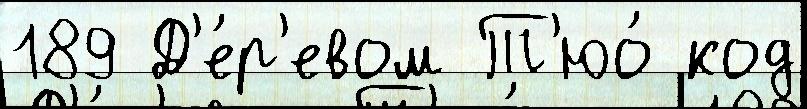
189 Д'е́р'евом Т'юо́ код